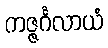
ကဇ္ဇင်္ဂလာယံ